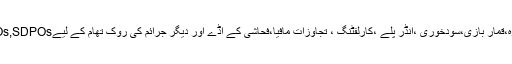
ہوائی فائرنگ،منشیات فروش،قبضہ گروہ،قمار بازی،سودخوری ،انڈر پلے ،کارلفٹنگ ، تجاوزات مافیا،فحاشی کے اڈے اور دیگر جرائم کی روک تھام کے لیےSHOs,SDPOs کو سخت دوٹوک احکامات جاری۔